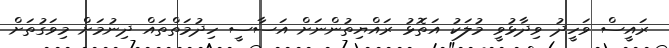
ރައީސް ވަހީދު ވިދާޅުވީ މުލަކު އަތޮޅު ރައްޔިތުންނަށް އަސާސީ ހިދުމަތްތައް ދިނުމަށް މިވަގުތަށް